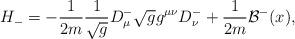
LaTeX: \begin{align*}H_{-}=-\frac{1}{2m}\frac{1}{\sqrt{g}}D^{-}_{\mu}\sqrt{g}g^{\mu\nu}D^{-}_{\nu}+\frac{1}{2m}{\mathcal{B}}^{-}(x),\end{align*}